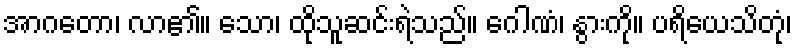
အာဂတော၊ လာ၏။ သော၊ ထိုသူဆင်းရဲသည်။ ဂေါဏံ၊ နွားကို။ ပရိယေသိတုံ၊